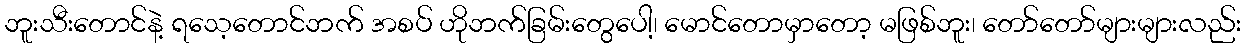
ဘူးသီးတောင်နဲ့ ရသေ့တောင်ဘက် အစပ် ဟိုဘက်ခြမ်းတွေပေါ့၊ မောင်တောမှာတော့ မဖြစ်ဘူး၊ တော်တော်များများလည်း